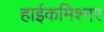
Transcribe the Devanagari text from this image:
हाईकमिश्नर